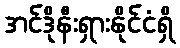
အင်ဒိုနီးရှားနိုင်ငံရှိ